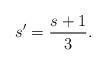
LaTeX: \begin{align*} s'=\frac{s+1}{3} . \end{align*}